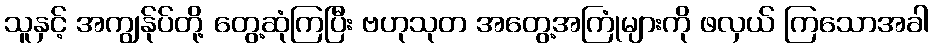
သူနှင့် အကျွန်ုပ်တို့ တွေ့ဆုံကြပြီး ဗဟုသုတ အတွေ့အကြုံများကို ဖလှယ် ကြသောအခါ